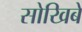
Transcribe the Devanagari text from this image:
सोखिबे